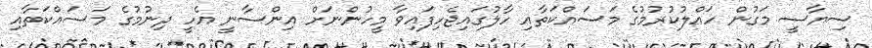
ސިޔާސީ މަގުން ހައްލުކުރުމުގެ މަސައްކަތާއި ހާލުގައިޖެހިފައިވާ މީހުންނަށް އިންސާނީ އެހީ ދިނުމުގެ މަސައްކަތާއި